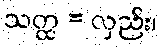
သတ္ထ = လှည်း၊